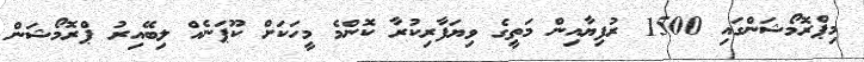
މިޕްރޮމޯޝަންގައި 1500 ރުފިޔާއިން މަތީގެ ވިޔަފާރިކުރާ ކޮންމެ މީހަކަށް ކޫޕަނެއް ލިބޭއިރު ޕްރޮމޯޝަން